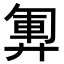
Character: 𫸞